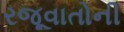
રજૂવાતોની